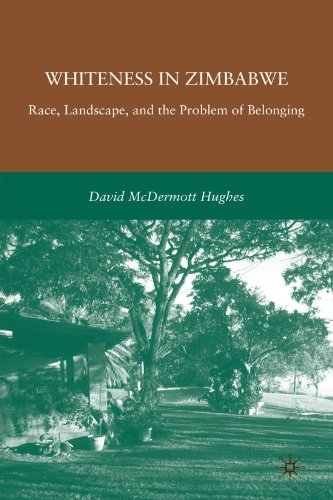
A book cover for Whiteness in Zimbabwe: Race, Landscape, and the Problem of Belonging; David McDermott Hughes; History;